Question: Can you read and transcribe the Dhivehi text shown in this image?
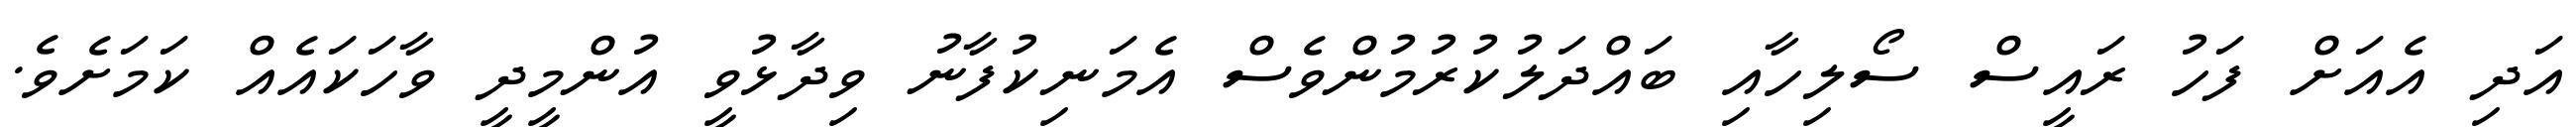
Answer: އަދި އެއަށް ފަހު ރައީސް ސޯލިހާއި ބައްދަލުކުރުމުންވެސް އެމަނިކުފާނު ވިދާޅުވީ އުންމީދީ ވާހަކައެއް ކަމަށެވެ.